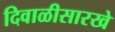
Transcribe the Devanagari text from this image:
दिवाळीसारखे